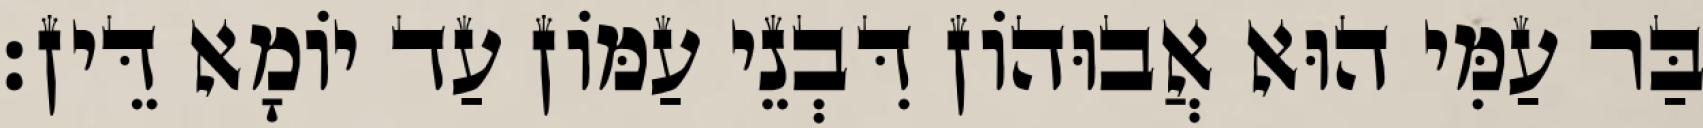
בַּר עַמִּי הוּא אֲבוּהוֹן דִּבְנֵי עַמּוֹן עַד יוֹמָא דֵּין׃